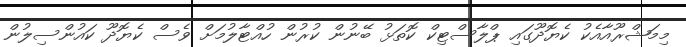
މިމަޝްރޫއާއެކު ކެޔޮދޫގައި ޕްލާސްޓިކް ކޮތަޅު ބޭނުން ކުރުން ހުއްޓާލުމަށް ވެސް ކެޔޮދޫ ކައުންސިލުން